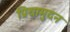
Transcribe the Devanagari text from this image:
प्रियामुदन